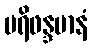
ပရိဖန္ဒမာနံ